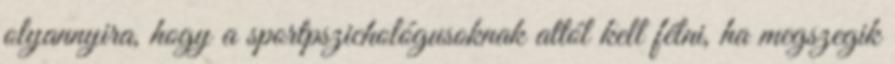
olyannyira, hogy a sportpszichológusoknak attól kell félni, ha megszegik